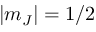
| m _ { J } | = 1 / 2